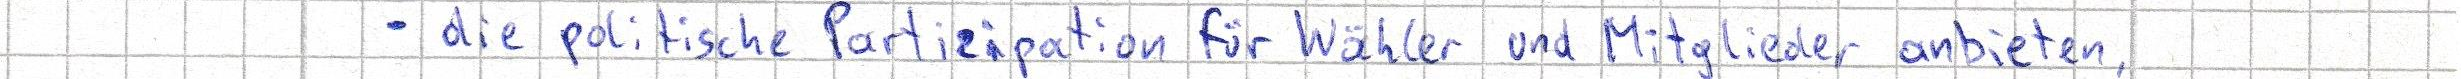
- die politische Partizipation für Wähler und Mitglieder anbieten